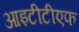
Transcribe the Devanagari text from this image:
आइटीटीएफ